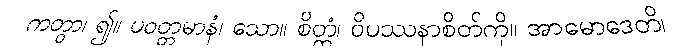
ကတွာ၊ ၍။ ပဝတ္တမာနံ၊ သော။ စိတ္တံ၊ ဝိပဿနာစိတ်ကို။ အာမောဒေတိ၊